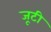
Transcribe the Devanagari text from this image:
जूटी